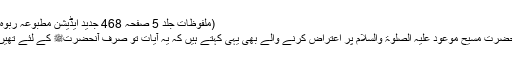
(ملفوظات جلد 5 صفحہ 468 جدید ایڈیشن مطبوعہ ربوہ)
حضرت مسیح موعود علیہ الصلوٰۃ والسلام پر اعتراض کرنے والے بھی یہی کہتے ہیں کہ یہ آیات تو صرف آنحضرتﷺ کے لئے تھیں۔